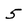
Character: 5